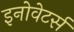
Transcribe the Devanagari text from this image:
इनोवेटर्स